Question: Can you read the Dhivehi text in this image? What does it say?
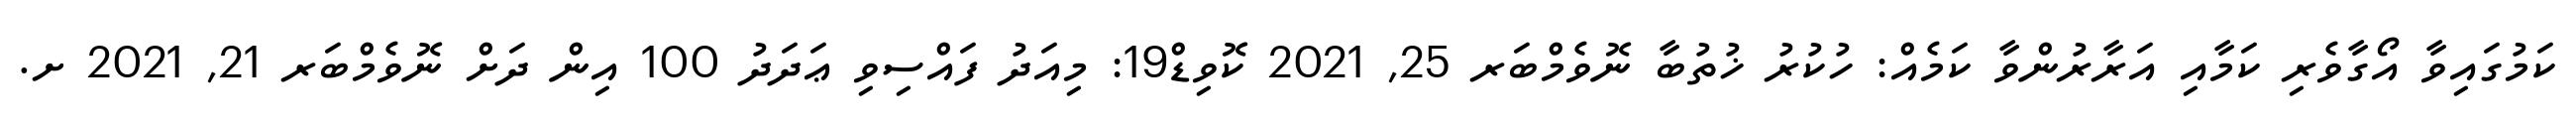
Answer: ކަމުގައިވާ އޯގާވެރި ކަމާއި އަރާރުންވާ ކަމެއް: ހުކުރު ޚުތުބާ ނޮވެމްބަރ 25, 2021 ކޮވިޑް19: މިއަދު ފައްސިވި ޢަދަދު 100 އިން ދަށް ނޮވެމްބަރ 21, 2021 ށ.